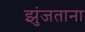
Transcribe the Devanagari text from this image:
झुंजताना